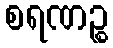
စရဏဉ္စ